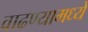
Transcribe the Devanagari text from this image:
वाढण्यामध्ये